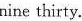
nine thirty.